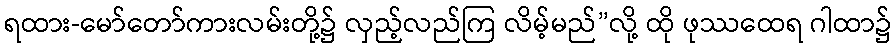
ရထား-မော်တော်ကားလမ်းတို့၌ လှည့်လည်ကြ လိမ့်မည်”လို့ ထို ဖုဿထေရ ဂါထာ၌